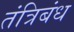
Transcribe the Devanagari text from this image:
तंत्रिबंध